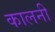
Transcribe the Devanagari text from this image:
कालनी